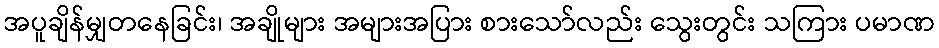
အပူချိန်မျှတနေခြင်း၊ အချိုများ အများအပြား စားသော်လည်း သွေးတွင်း သကြား ပမာဏ